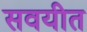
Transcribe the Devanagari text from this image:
सवयीत